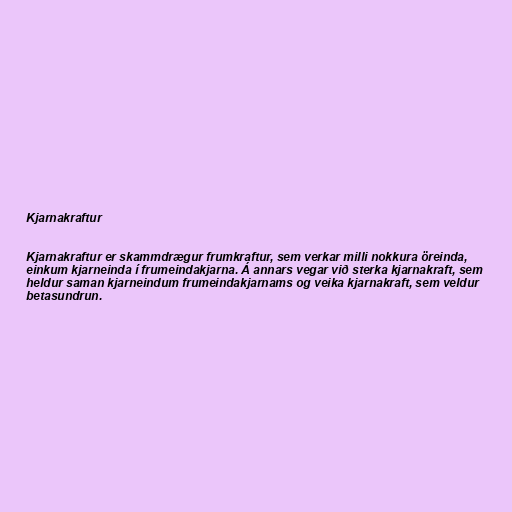
Kjarnakraftur

Kjarnakraftur er skammdrægur frumkraftur, sem verkar milli nokkura öreinda,
einkum kjarneinda í frumeindakjarna. Á annars vegar við sterka kjarnakraft, sem
heldur saman kjarneindum frumeindakjarnams og veika kjarnakraft, sem veldur
betasundrun.